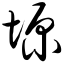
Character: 塬